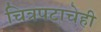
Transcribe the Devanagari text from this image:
चित्रपटाचेही